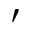
\prime